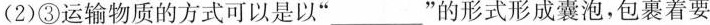
(2)③运输物质的方式可以是以“___”的形式形成囊泡，包裹着要